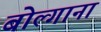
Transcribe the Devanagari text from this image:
बोल्गाना